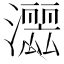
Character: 𱩲